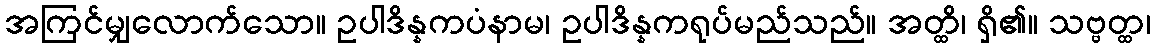
အကြင်မျှလောက်သော။ ဥပါဒိန္နကပံနာမ၊ ဥပါဒိန္နကရုပ်မည်သည်။ အတ္ထိ၊ ရှိ၏။ သဗ္ဗတ္ထ၊